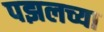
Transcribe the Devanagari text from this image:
पझलच्या